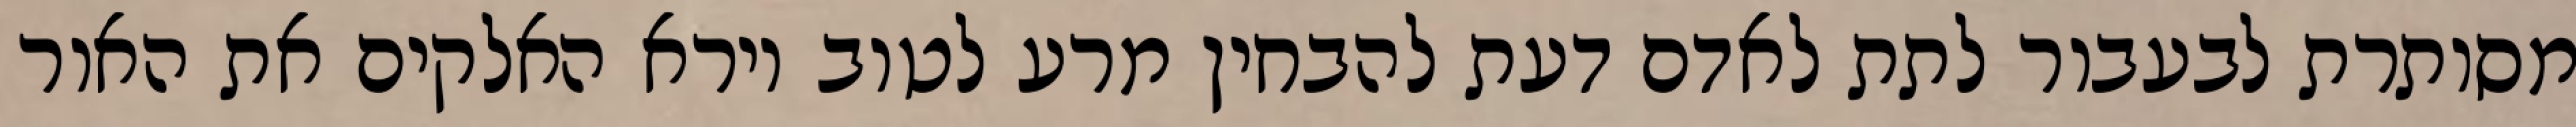
מסותרת לבעבור לתת לאדם דעת להבחין מרע לטוב וירא האלקים את האור